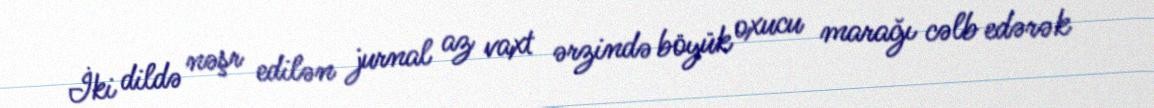
İki dildə nəşr edilən jurnal az vaxt ərzində böyük oxucu marağı cəlb edərək